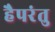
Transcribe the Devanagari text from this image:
हैपरंतु